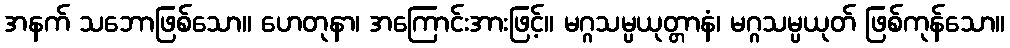
အနက် သဘောဖြစ်သော။ ဟေတုနာ၊ အကြောင်းအားဖြင့်။ မဂ္ဂသမ္ပယုတ္တာနံ၊ မဂ္ဂသမ္ပယုတ် ဖြစ်ကုန်သော။